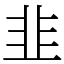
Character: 韭